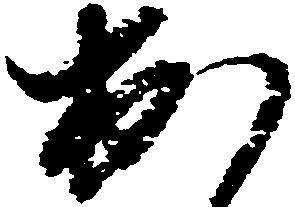
出